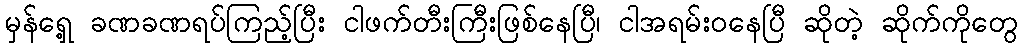
မှန်ရှေ့ ခဏခဏရပ်ကြည့်ပြီး ငါဖက်တီးကြီးဖြစ်နေပြီ၊ ငါအရမ်းဝနေပြီ ဆိုတဲ့ ဆိုက်ကိုတွေ